Indian journal of veterinary science and animal husbandry - Volumes 15-17, 1948-1951
Year: 1948
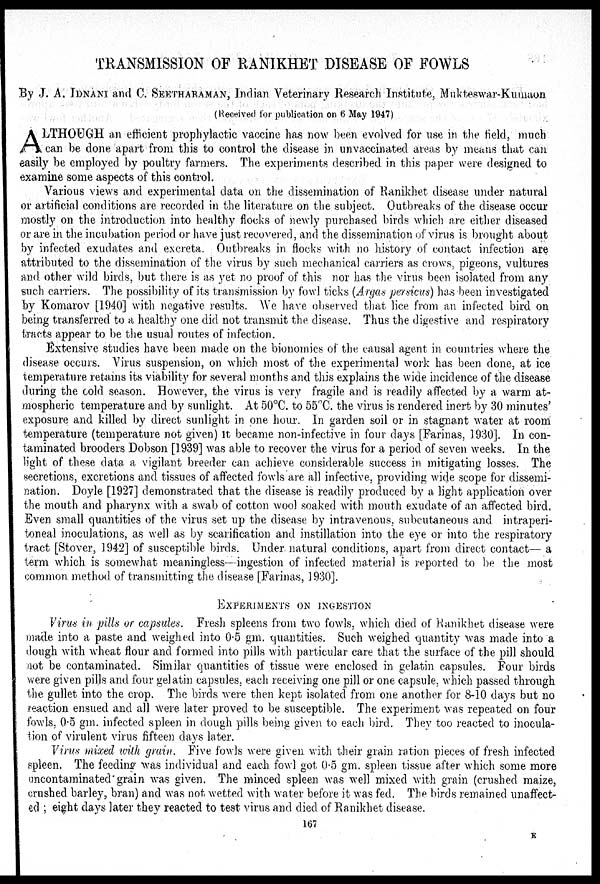
TRANSMISSION OF RANIKHET DISEASE OF FOWLS
By J. A. IDNANI and C. SEETHARAMAN, Indian Veterinary Research Institute, Mukteswar-Kumaon
(Received for publication on 6 May 1947)
A LTHOUGH an efficient prophylactic vaccine has now been evolved for use in the field, much
can be done apart from this to control the disease in unvaccinated areas by means that can
easily be employed by poultry farmers. The experiments described in this paper were designed to
examine some aspects of this control.
Various views and experimental data on the dissemination of Ranikhet disease under natural
or artificial conditions are recorded in the literature on the subject. Outbreaks of the disease occur
mostly on the introduction into healthy flocks of newly purchased birds which are either diseased
or are in the incubation period or have just recovered, and the dissemination of virus is brought about
by infected exudates and excreta. Outbreaks in flocks with no history of contact infection are
attributed to the dissemination of the virus by such mechanical carriers as crows, pigeons, vultures
and other wild birds, but there is as yet no proof of this nor has the virus been isolated from any
such carriers. The possibility of its transmission by fowl ticks (Argas persicus) has been investigated
by Komarov [1940] with negative results. We have observed that lice from an infected bird on
being transferred to a healthy one did not transmit the. disease. Thus the digestive and respiratory
tracts appear to be the usual routes of infection.
Extensive studies have been made on the bionomics of the causal agent in countries where the
disease occurs. Virus suspension, on which most of the experimental work has been done, at ice
temperature retains its viability for several months and this explains the wide incidence of the disease
during the cold season. However, the virus is very fragile and is readily affected by a warm at-
mospheric temperature and by sunlight. At 50ºC. to 55ºC. the virus is rendered inert by 30 minutes'
exposure and killed by direct sunlight in one hour. In garden soil or in stagnant water at room
temperature (temperature not given) it became non-infective in four days [Farinas, 1930]. In con-
taminated brooders Dobson [1939] was able to recover the virus for a period of seven weeks. In the
light of these data a vigilant breeder can achieve considerable success in mitigating losses. The
secretions, excretions and tissues of affected fowls are all infective, providing wide scope for dissemi-
nation. Doyle [1927] demonstrated that the disease is readily produced by a light application over
the mouth and pharynx with a swab of cotton wool soaked with mouth exudate of an affected bird.
Even small quantities of the virus set up the disease by intravenous, subcutaneous and intraperi-
toneal inoculations, as well as by scarification and instillation into the eye or into the respiratory
tract [Stover, 1942] of susceptible birds. Under natural conditions, apart from direct contact— a
term which is somewhat meaningless—ingestion of infected material is reported to be the most
common method of transmitting the disease [Farinas, 1930].
EXPERIMENTS ON INGESTION
Virus in pills or capsules. Fresh spleens from two fowls, which died of Ranikhet disease were
made into a paste and weighed into 0.5 gm. quantities. Such weighed quantity was made into a
dough with wheat flour and formed into pills with particular care that the surface of the pill should
not be contaminated. Similar quantities of tissue were enclosed in gelatin capsules. Four birds
were given pills and four gelatin capsules, each receiving one pill or one capsule, which passed through
the gullet into the crop. The birds were then kept isolated from one another for 8-10 days but no
reaction ensued and all were later proved to be susceptible. The experiment was repeated on four
fowls, 0.5 gm. infected spleen in dough pills being given to each bird. They too reacted to inocula-
tion of virulent virus fifteen days later.
Virus mixed with grain. Five fowls were given with their grain ration pieces of fresh infected
spleen. The feeding was individual and each fowl got 0.5 gm. spleen tissue after which some more
uncontaminated grain was given. The minced spleen was well mixed with grain (crushed maize,
crushed barley, bran) and was not wetted with water before it was fed. The birds remained unaffect-
ed; eight days later they reacted to test virus and died of Ranikhet disease.
167
E